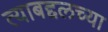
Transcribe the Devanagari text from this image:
त्याबद्दलच्या